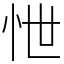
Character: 怈